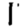
Digit: 1